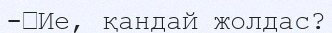
-	Ие, қандай жолдас?